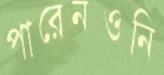
পারেনওনি